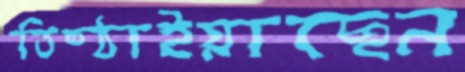
তিষ্ঠাইয়াছেন